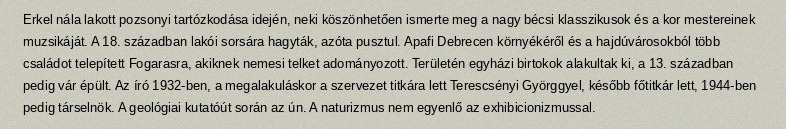
Erkel nála lakott pozsonyi tartózkodása idején, neki köszönhetően ismerte meg a nagy bécsi klasszikusok és a kor mestereinek muzsikáját. A 18. században lakói sorsára hagyták, azóta pusztul. Apafi Debrecen környékéről és a hajdúvárosokból több családot telepített Fogarasra, akiknek nemesi telket adományozott. Területén egyházi birtokok alakultak ki, a 13. században pedig vár épült. Az író 1932-ben, a megalakuláskor a szervezet titkára lett Terescsényi Györggyel, később főtitkár lett, 1944-ben pedig társelnök. A geológiai kutatóút során az ún. A naturizmus nem egyenlő az exhibicionizmussal.